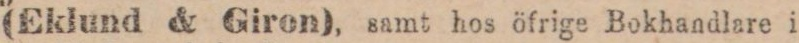
(Eklund & Giron), samt hos öfrige Bokhandlare i